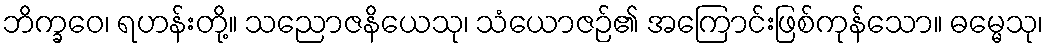
ဘိက္ခဝေ၊ ရဟန်းတို့။ သညောဇနိယေသု၊ သံယောဇဉ်၏ အကြောင်းဖြစ်ကုန်သော။ ဓမ္မေသု၊